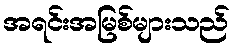
အရင်းအမြစ်များသည်